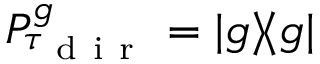
P _ { \tau _ { \mathrm { ~ d ~ i ~ r ~ } } } ^ { g } = | g \rangle \! \langle g |